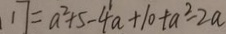
1 7 = a ^ { 2 } + 5 - 4 a + 1 0 + a ^ { 2 } - 2 a